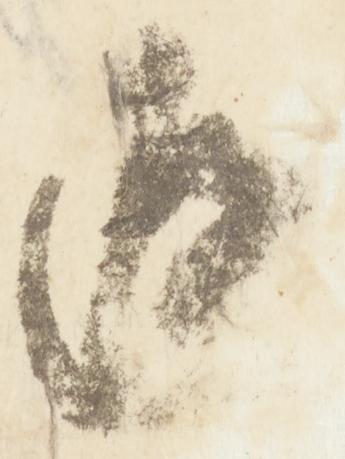
返